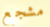
مشجع